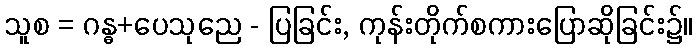
သူစ = ဂန္ဓ+ပေသုညေ - ပြခြင်း, ကုန်းတိုက်စကားပြောဆိုခြင်း၌။